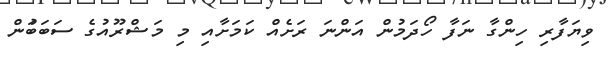
ވިޔަފާރި ހިންގާ ނަފާ ހޯދަމުން އަންނަ ރަށެއް ކަމަށާއި މި މަޝްރޫއުގެ ސަބަބަުން